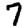
Digit: 7